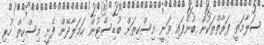
ސަލާމަތީ ފަރާތްތަކުން ބުނެފައި ވަނީ މިސްކިތަށް ބުޑިސްޓުން ހަމަލާދޭން ފެށީ މިސްކިތް ހުރި